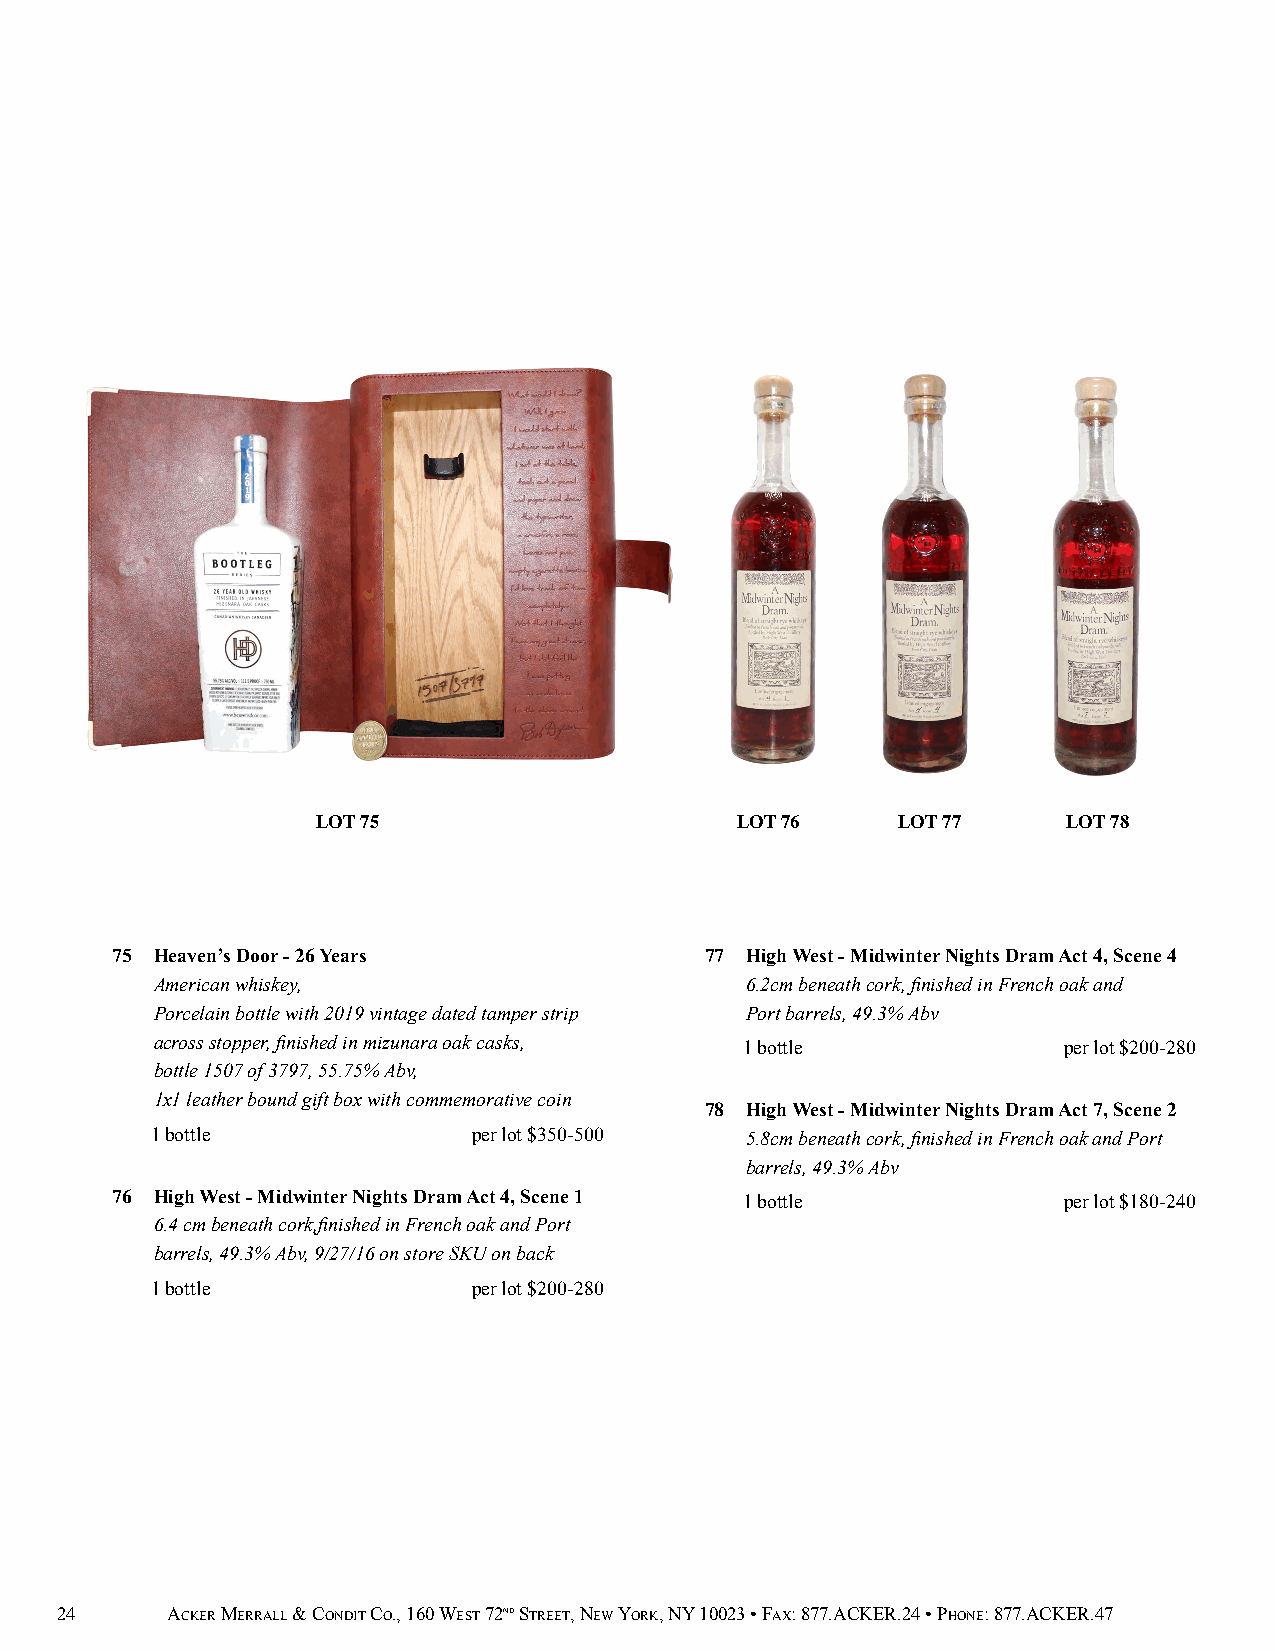
LOT 75                      LOT 76    LOT 77      LOT 78
 75 Heaven’s Door - 26 Years             77 High West - Midwinter Nights Dram Act 4, Scene 4
 American whiskey,                      6.2cm beneath cork, finished in French oak and
 Porcelain bottle with 2019 vintage dated tamper strip Port barrels, 49.3% Abv
 across stopper, finished in mizunara oak casks, 1 bottle    per lot $200-280
 bottle 1507 of 3797, 55.75% Abv,
 1x1 leather bound gift box with commemorative coin
 78 High West - Midwinter Nights Dram Act 7, Scene 2
 1 bottle             per lot $350-500  5.8cm beneath cork, finished in French oak and Port
 barrels, 49.3% Abv
 76 High West - Midwinter Nights Dram Act 4, Scene 1 1 bottle   per lot $180-240
 6.4 cm beneath cork,finished in French oak and Port
 barrels, 49.3% Abv, 9/27/16 on store SKU on back
 1 bottle             per lot $200-280
 24     ACKER MERRALL & CONDIT CO., 160 WEST 72ND STREET, NEW YORK, NY 10023 • FAX: 877.ACKER.24 • PHONE: 877.ACKER.47